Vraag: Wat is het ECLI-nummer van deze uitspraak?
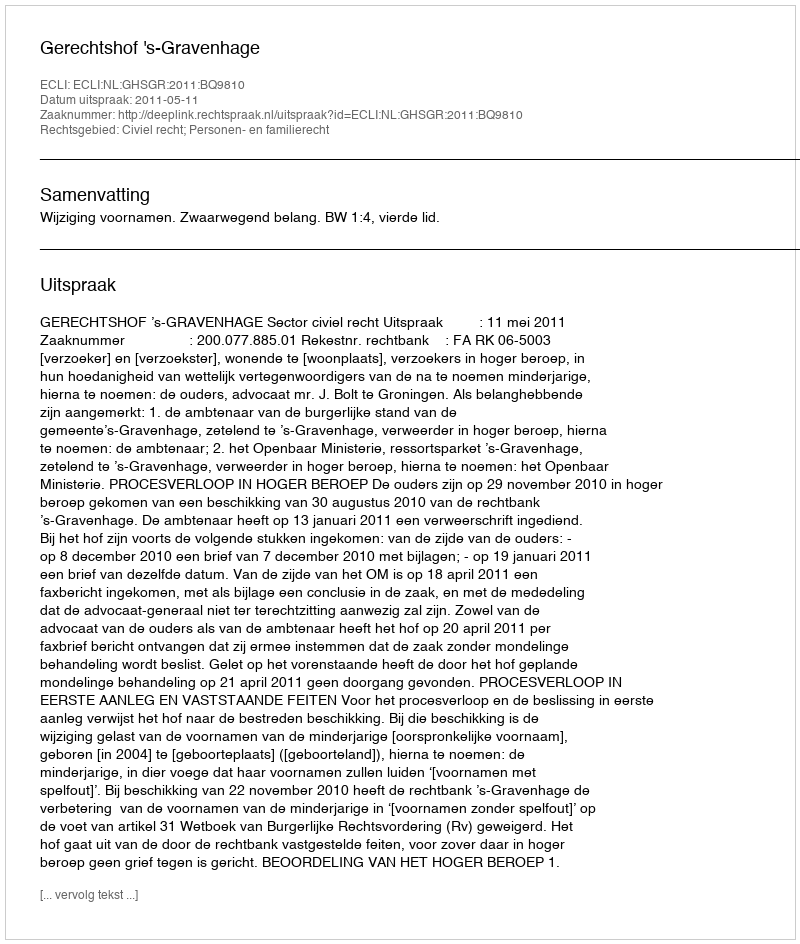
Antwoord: ECLI:NL:GHSGR:2011:BQ9810